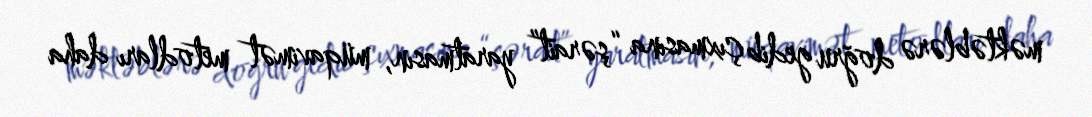
məktəblərə doğru gedib çıxmasına “şərait” yaratmasın, müqavimət metodları daha